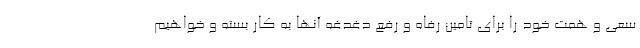
سعی و همت خود را برای تامین رفاه و رفع دغدغه آنها به کار بسته و خواهیم